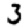
Digit: 3